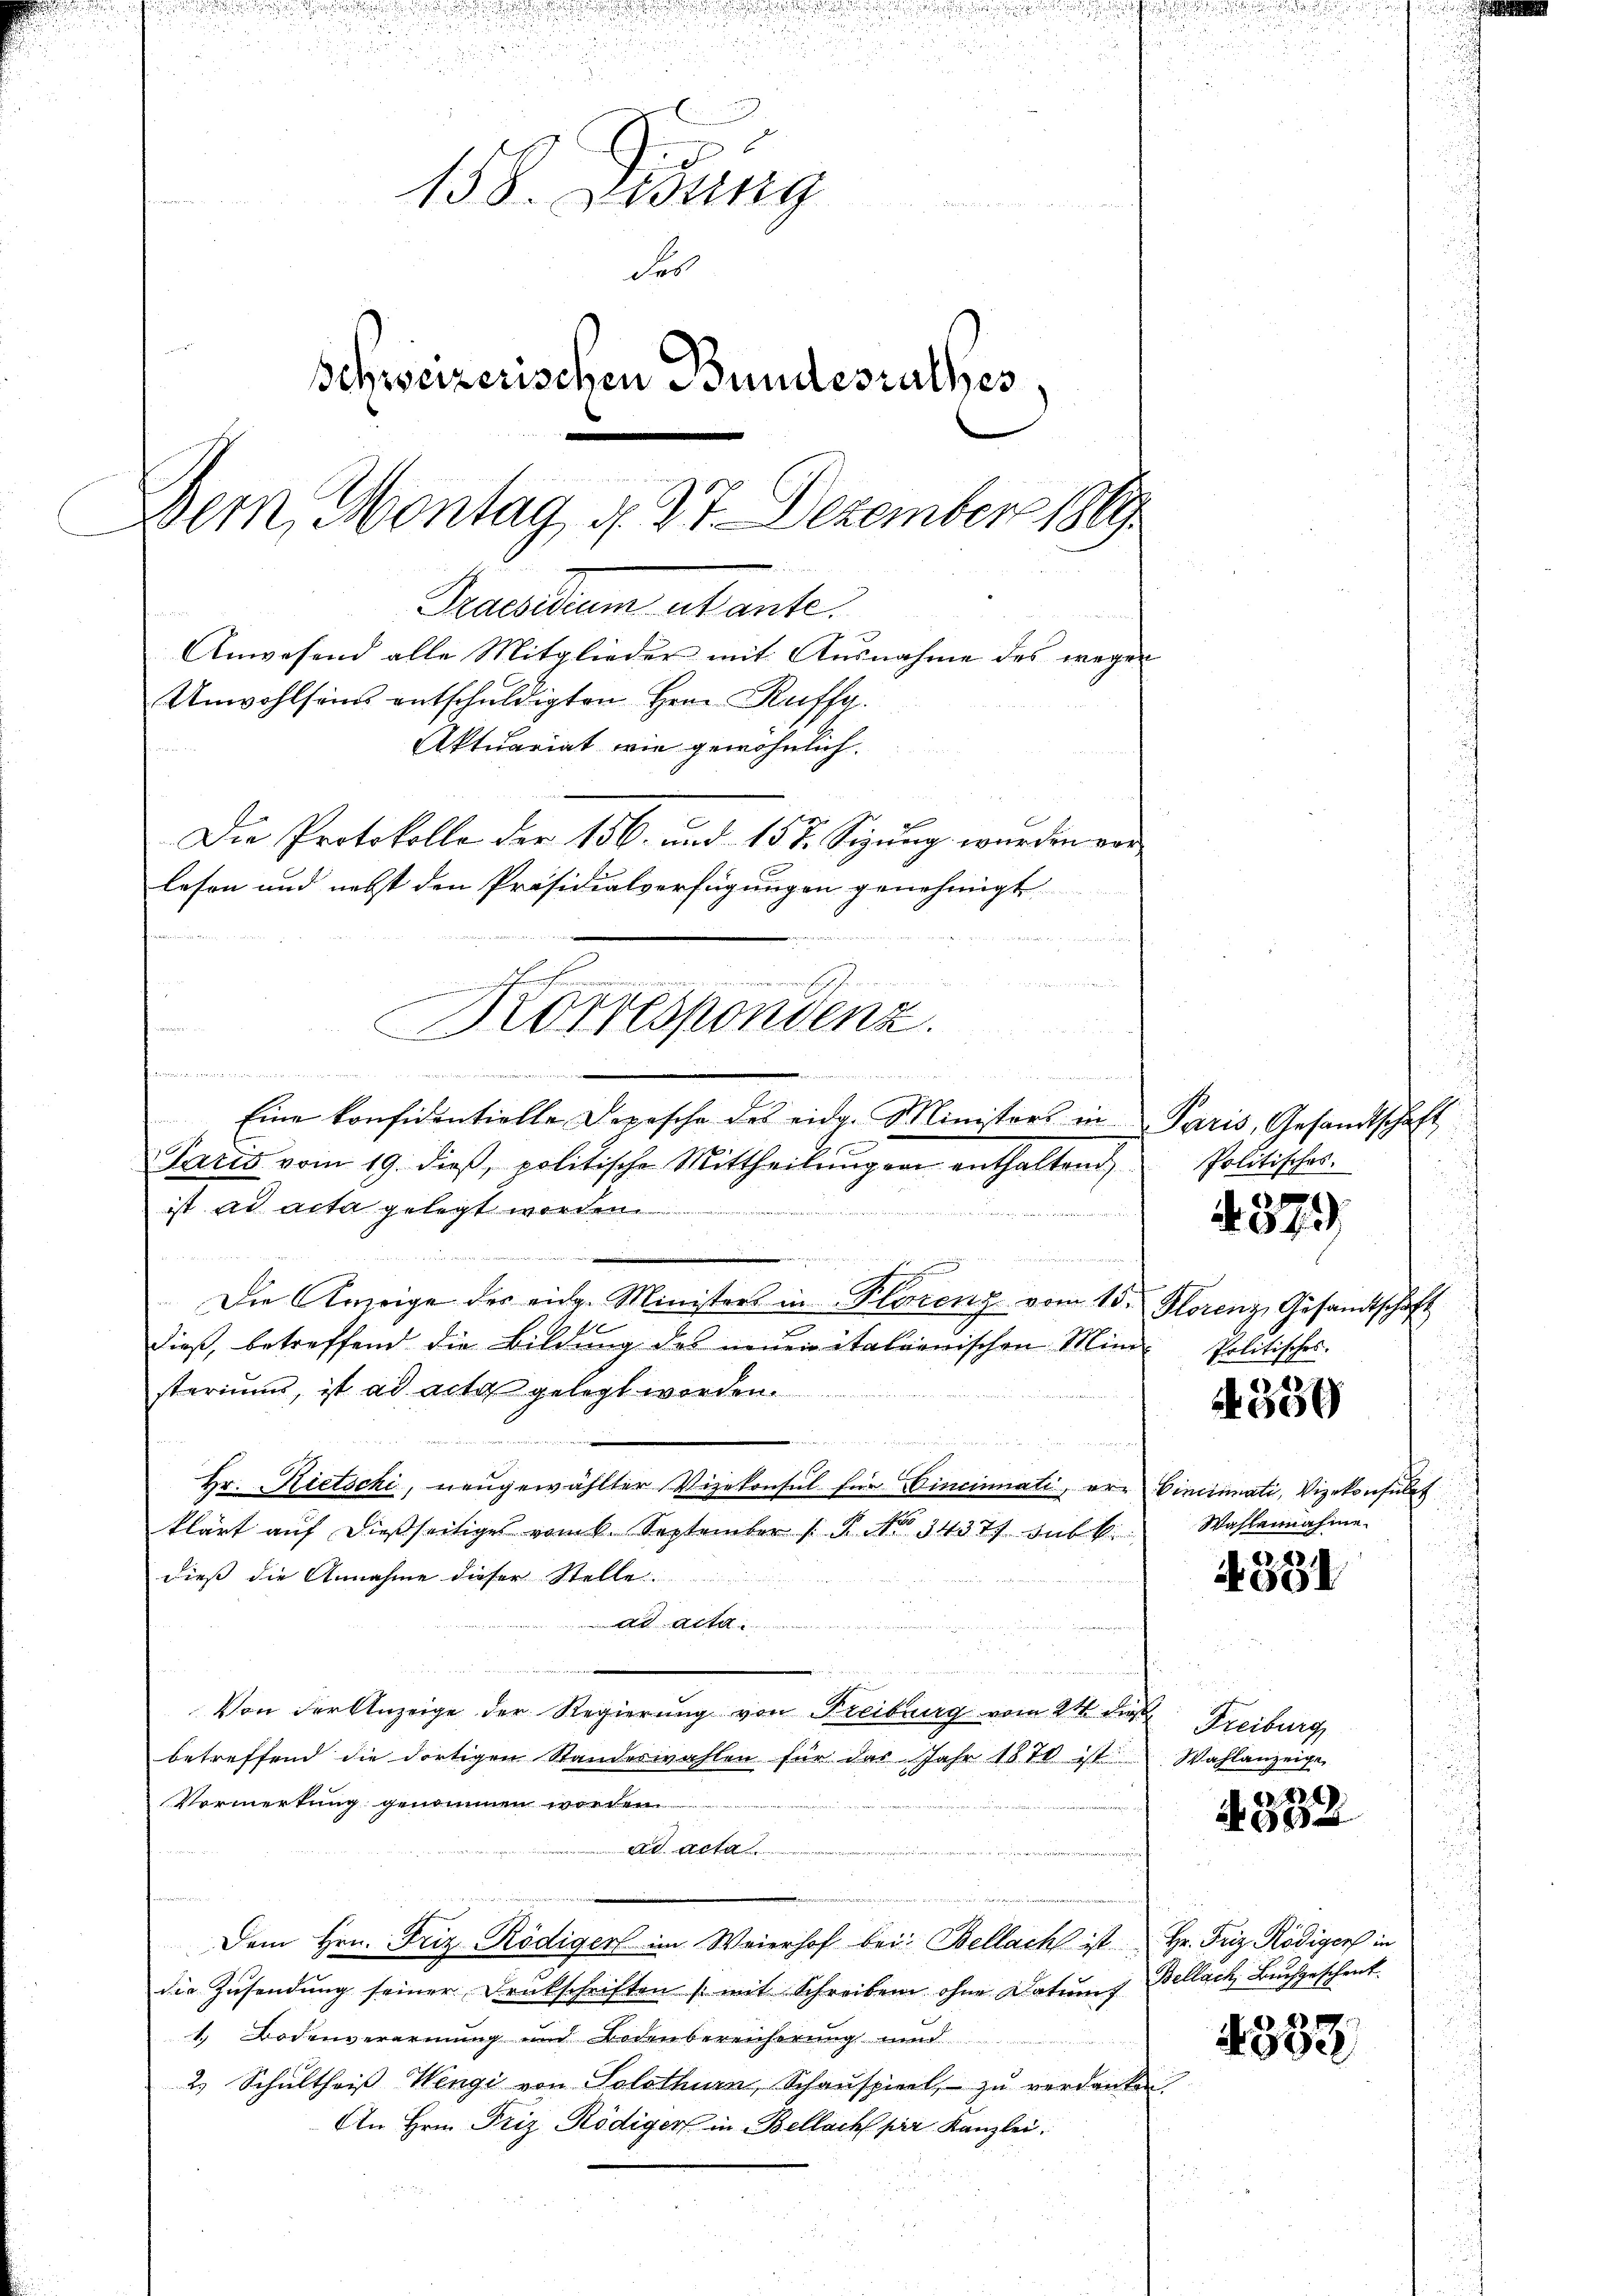
.

d
r

d
158. Febung

des
Schweizerischen Bundesrathes
Dem Montag, d. 27. Dezember 1889
Decanum abante.
Anwesend alle Mitglieder mit Ausnahme des wegen
Unwohlsams entschuldigten Hrn. Reiffg.
Aktuariat wie gewöhnlich.
Die Protokolle der 156. und 157. Sizung wurden vor
lesen und nebst den Präsidialverfügungen genehmigt
s
megen die
 11 diesen
Drorrespondenz.

o

.
u
Eine konfidentielle Depesche des eidg. Ministers in Paris, Gesandtschaft
b

Paris vom 19. dieβ, politische Mittheilŭngen enthaltend
ist ad acta gelegt worden.
n

Die Anzeige des eidg. Ministers in Florenz vom 15. Florenz, Gesandtschaft
2
dieß, betreffend die Bildung des neuen italienischen Mini- Politisches.
steriums, ist ad acta gelegt worden.
u
Hr. Rietschi, neugewählter Vizekonsul für Cincinati, ere Vincinati, Vizekonsulat
klärt auf dießseitiges vom k. September P. No 3437. sub k
dieß die Annahme dieser Stelle
ad acta.
u
Von der Anzeige der Regierung von Freiburg vom 21 die
betreffend die dortigen Standeswahlen für das Jahr 1870 ist
Vormerkung genommen worden
ad acta

Dem Hrn. Friz Rödiger im Weierhof bei: Bellach ist Hr. Friz Rödiger in
die Zusendung seiner Denkschriften (mit Schreiben ohne Datum f
1.) Bodenverarmung und Bodenbereicherung und
2. Schultheiβ Wengi von Solothurn, Schauspiel, zu verdanken.
An Hrn. Friz Rödiger in Bellach par Kanzlei.

Politisches.

Wahlennahme.

Freiburg
Wahlanzeige

Bellach, Buchgeschenk.

.

37.

4539

4331

22
A052

xx
25e